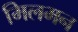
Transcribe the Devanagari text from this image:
मिलमन